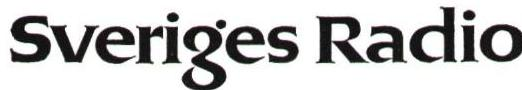
Sveriges Radio